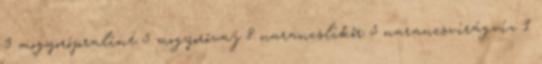
3 mogyorópraliné 5 mogyoróvaj 8 narancslikőr 5 narancsvirágvíz 1